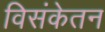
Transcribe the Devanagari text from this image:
विसंकेतन